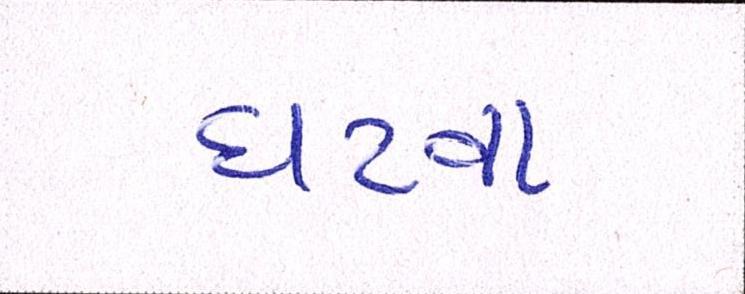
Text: ઘટવા